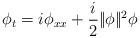
LaTeX: \begin{align*}\phi_t = i \phi_{xx} + \frac i 2|\!|\phi|\!|^2 \phi\end{align*}